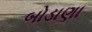
બોડાણા